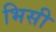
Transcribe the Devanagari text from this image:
भिसी